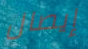
إيصال